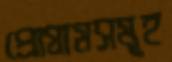
প্রোগ্রামসমূহ